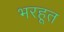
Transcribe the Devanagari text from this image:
भरहूत